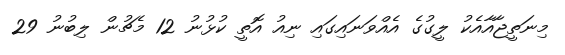
މިނަތީޖާއާއެކު ލީގުގެ އެއްވަނައިގައި ނިއު އޮތީ ކުޅުނު 12 މެޗުން ލިބުނު 29